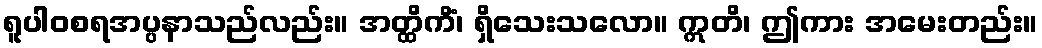
ရူပါဝစရအပ္ပနာသည်လည်း။ အတ္ထိကိံ၊ ရှိသေးသလော။ ဣတိ၊ ဤကား အမေးတည်း။